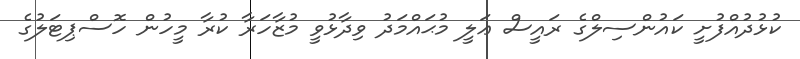
ކުޅުދުއްފުށީ ކައުންސިލްގެ ރައީސް ޢަލީ މުޙައްމަދު ވިދާޅުވީ މުޒާހަރާ ކުރާ މީހުން ހޮސްޕިޓަލުގެ